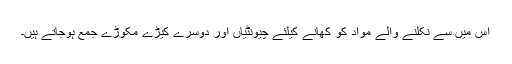
اس میں سے نکلنے والے مواد کو کھانے کیلئے چیونٹیاں اور دوسرے کیڑے مکوڑے جمع ہوجاتے ہیں۔